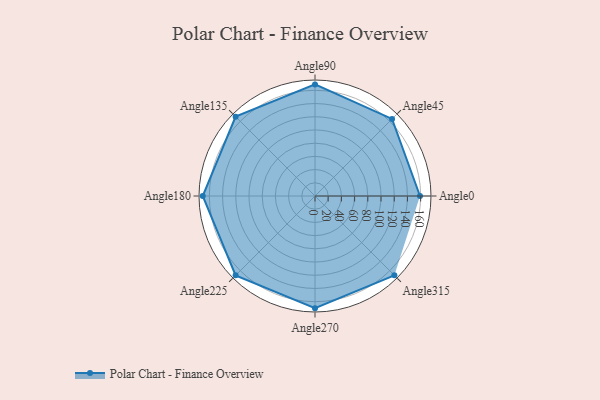
{"axis": {"x": "Angle", "y": "Radius"}, "legend": [""], "data": [{"x": "Angle0", "y": 159.0, "type": ""}, {"x": "Angle45", "y": 165.0, "type": ""}, {"x": "Angle90", "y": 169.0, "type": ""}, {"x": "Angle135", "y": 170, "type": ""}, {"x": "Angle180", "y": 170, "type": ""}, {"x": "Angle225", "y": 170, "type": ""}, {"x": "Angle270", "y": 170, "type": ""}, {"x": "Angle315", "y": 170, "type": ""}]}